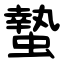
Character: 蟄